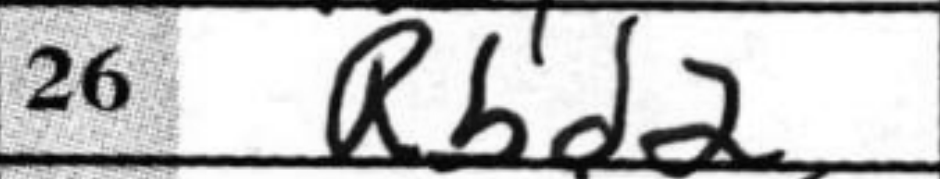
Transcription: Rbd2